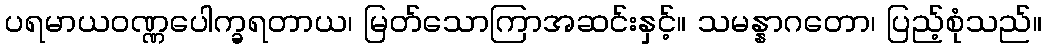
ပရမာယဝဏ္ဏပေါက္ခရတာယ၊ မြတ်သောကြာအဆင်းနှင့်။ သမန္နာဂတော၊ ပြည့်စုံသည်။